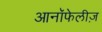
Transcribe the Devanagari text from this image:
आनॉफेलीज़